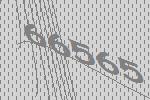
66565